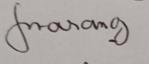
Signature authenticity: genuine